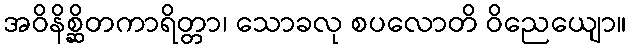
အဝိနိစ္ဆိတကာရိတ္တာ၊ သောခလု စပလောတိ ဝိညေယျော။